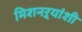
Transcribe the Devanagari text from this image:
मिशनऱ्यांशी